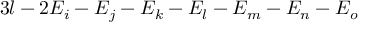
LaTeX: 3 l - 2 E _ { i } - E _ { j } - E _ { k } - E _ { l } - E _ { m } - E _ { n } - E _ { o }